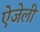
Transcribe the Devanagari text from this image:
ऐजेली